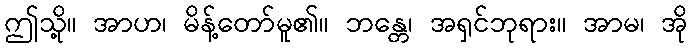
ဤသို့။ အာဟ၊ မိန့်တော်မူ၏။ ဘန္တေ၊ အရှင်ဘုရား။ အာမ၊ အို